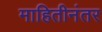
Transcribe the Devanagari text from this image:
माहितीनंतर